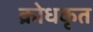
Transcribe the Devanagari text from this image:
क्रोधकृत